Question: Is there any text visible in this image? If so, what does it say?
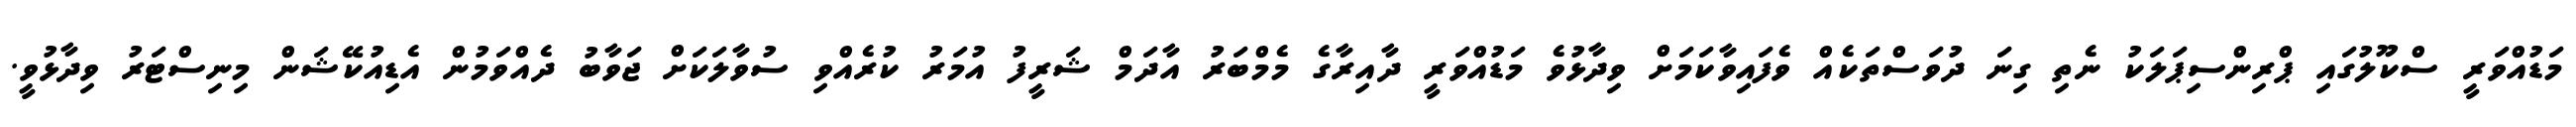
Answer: މަޑުއްވަރީ ސްކޫލުގައި ޕްރިންސިޕަލަކު ނެތި ގިނަ ދުވަސްތަކެއް ވެފައިވާކަމަށް ވިދާޅުވެ މަޑުއްވަރީ ދާއިރާގެ މެމްބަރު އާދަމް ޝަރީފު އުމަރު ކުރެއްވި ސުވާލަކަށް ޖަވާބު ދެއްވަމުން އެޑިއުކޭޝަން މިނިސްޓަރު ވިދާޅުވީ.